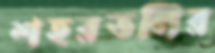
শহরতলির